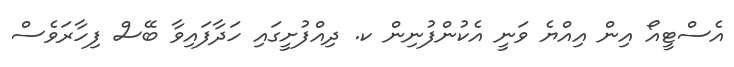
އެސްޓީއޯ އިން އިއްޔެ ވަނީ އެކުންފުނިން ކ. ދިއްފުށީގައި ހަދާފައިވާ ބޭސް ފިހާރަވެސް